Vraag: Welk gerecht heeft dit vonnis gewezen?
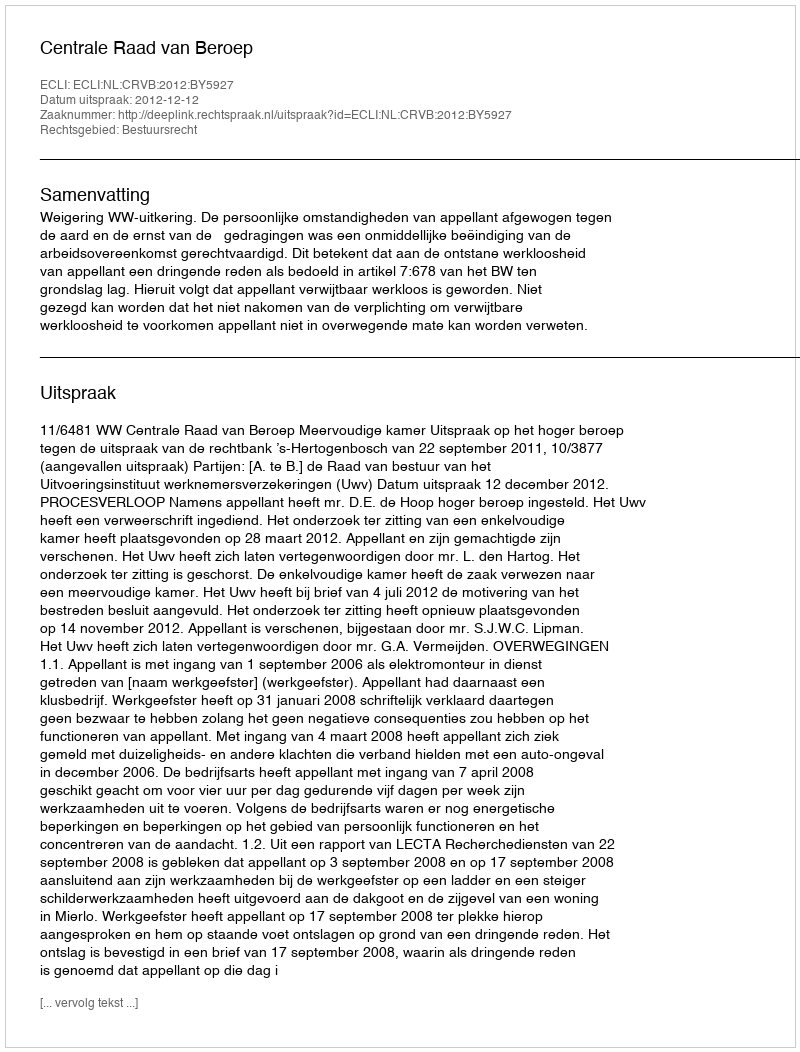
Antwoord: Centrale Raad van Beroep